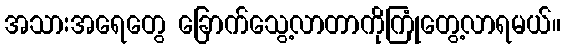
အသားအရေတွေ ခြောက်သွေ့လာတာကိုကြုံတွေ့လာရမယ်။